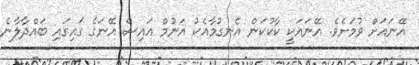
އޭނައަށް ވުމަށެވެ. އޭނައަކީ ކާކުކަން އެނގުމާއެކު އަނުމް އައިސް އޭނަގެ ގައިގައި ބައްދާލާނެ